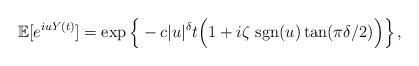
LaTeX: \begin{align*} \mathbb{E}[e^{iuY(t)}]=\exp\Big\{- c |u|^{\delta} t \Big(1 + i \zeta \ \mbox{\rm sgn} (u) \tan(\pi \delta /2) \Big)\Big\} \, ,\end{align*}